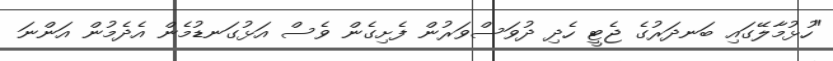
"ހުޅުމާލޭގައި ބަނދަރުގެ ޖެޓީ ހެދި ދުވަސްވަރުން ފެށިގެން ވެސް އަޅުގަނޑުމެން އެދެމުން އަންނަ